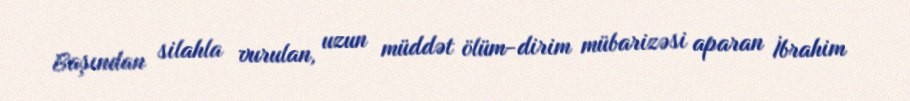
Başından silahla vurulan, uzun müddət ölüm-dirim mübarizəsi aparan İbrahim